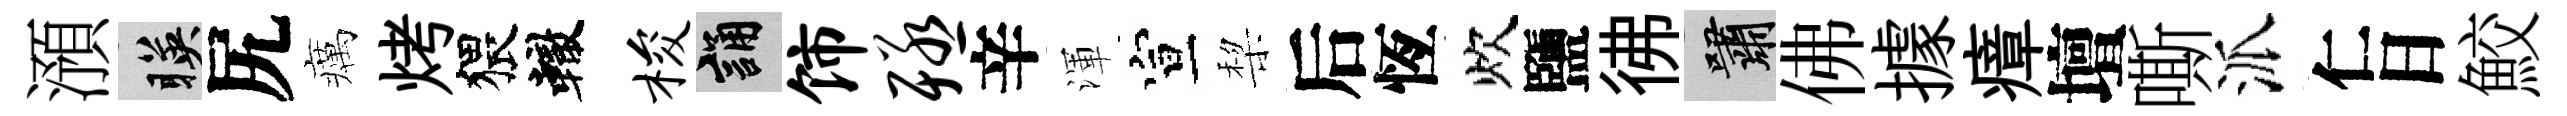
澦暎尻癘烤猥轍梭誦饰殛辛渾宣棃后恆炊鹽彿嘯佛據瘴壇嘶派仁日鮫